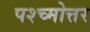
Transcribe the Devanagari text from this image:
पश्च्मोत्तर